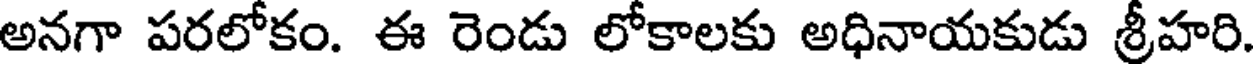
అనగా పరలోకం. ఈ రెండు లోకాలకు అధినాయకుడు శ్రీహరి